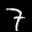
Label: 7